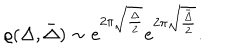
LaTeX: \varrho ( \Delta , \bar { \Delta } ) \sim e ^ { 2 \pi \sqrt { \frac { \Delta } { 2 } } } e ^ { 2 \pi \sqrt { \frac { \bar { \Delta } } { 2 } } } .